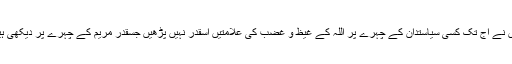
میں نے آج تک کسی سیاستدان کے چہرے پر اللہ کے غیظ و غضب کی علامتیں اسقدر نہیں پڑھیں جسقدر مریم کے چہرے پر دیکھی ہیں۔